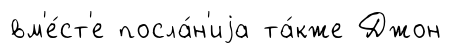
вм'е́ст'е посла́н'иjа та́кже Джон